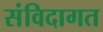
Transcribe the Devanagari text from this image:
संविदागत